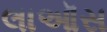
લાઑસ